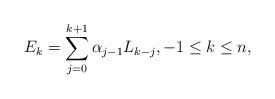
LaTeX: \begin{align*} E_{k}=\sum\limits_{j=0}^{k+1}\alpha_{j-1}L_{k-j},-1\leq k\leq n,\end{align*}